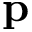
\mathbf { p }